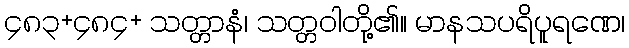
၄၈၃+၄၈၄+ သတ္တာနံ၊ သတ္တဝါတို့၏။ မာနသပရိပူရဏေ၊